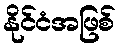
နိုင်ငံအဖြစ်